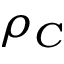
\rho _ { C }